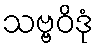
သဗ္ဗဝိဒုံ